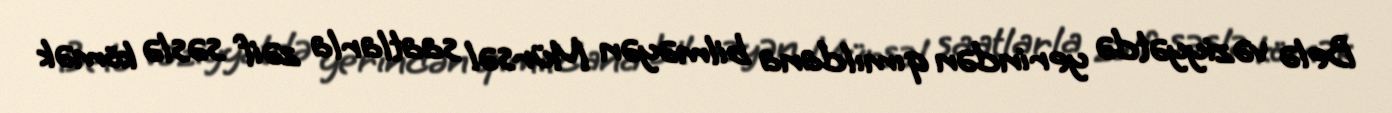
Belə vəziyyətdə yerindən qımıldana bilməyən Mürsəl saatlarla zəif səslə kömək